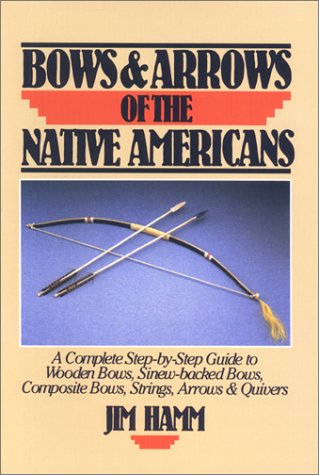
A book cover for Bows & Arrows of the Native Americans: A Complete Step-by-Step Guide to Wooden Bows, Sinew-backed Bows, Composite Bows, Strings, Arrows & Quivers; Jim Hamm; Sports & Outdoors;